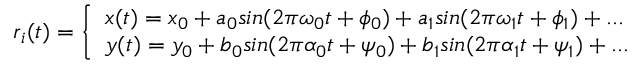
\begin{array} { r } { \boldsymbol { r } _ { i } ( t ) = \left\{ \begin{array} { l l } { x ( t ) = x _ { 0 } + a _ { 0 } s i n ( 2 \pi \omega _ { 0 } t + \phi _ { 0 } ) + a _ { 1 } s i n ( 2 \pi \omega _ { 1 } t + \phi _ { 1 } ) + . . . } \\ { y ( t ) = y _ { 0 } + b _ { 0 } s i n ( 2 \pi \alpha _ { 0 } t + \psi _ { 0 } ) + b _ { 1 } s i n ( 2 \pi \alpha _ { 1 } t + \psi _ { 1 } ) + . . . } \end{array} \right. } \end{array}